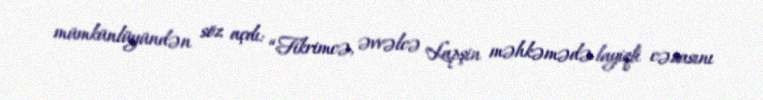
mümkünlüyündən söz açdı: “Fikrimcə, əvvəlcə Lapşin məhkəmədə layiqli cəzasını